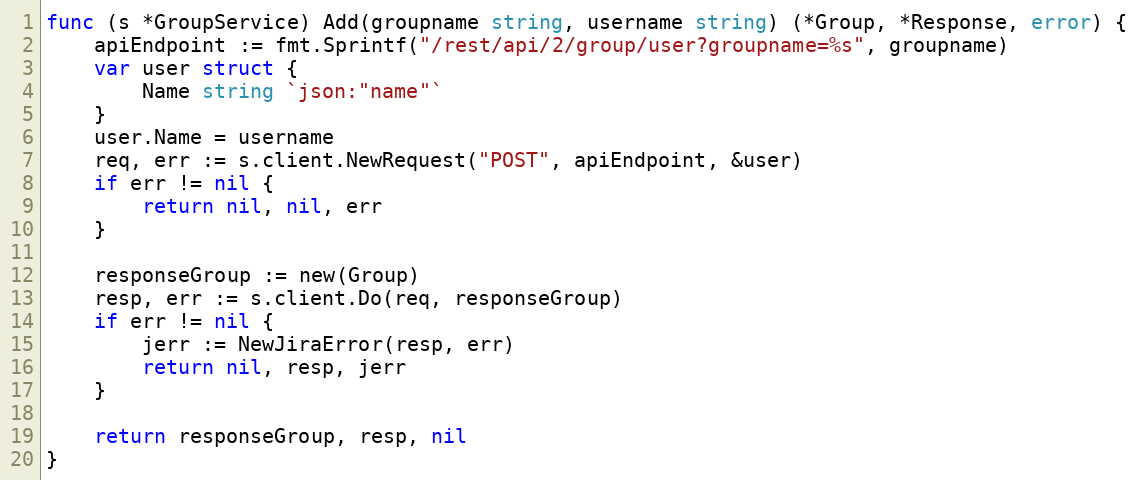
Language: Go
func (s *GroupService) Add(groupname string, username string) (*Group, *Response, error) {
	apiEndpoint := fmt.Sprintf("/rest/api/2/group/user?groupname=%s", groupname)
	var user struct {
		Name string `json:"name"`
	}
	user.Name = username
	req, err := s.client.NewRequest("POST", apiEndpoint, &user)
	if err != nil {
		return nil, nil, err
	}

	responseGroup := new(Group)
	resp, err := s.client.Do(req, responseGroup)
	if err != nil {
		jerr := NewJiraError(resp, err)
		return nil, resp, jerr
	}

	return responseGroup, resp, nil
}